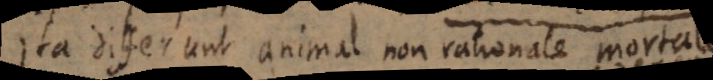
Ita differunt animal non rationale morta